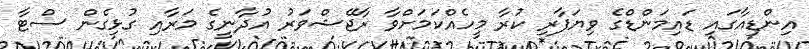
އިންޑިއާގައި ޑައިމަންޑްގެ ވިޔަފާރި ކުރާ މީހެއްކަމަށްވާ ރާޖޭޝްވަރު އުދާނީގެ މަރާއި ގުޅިގެން ސްޓާ